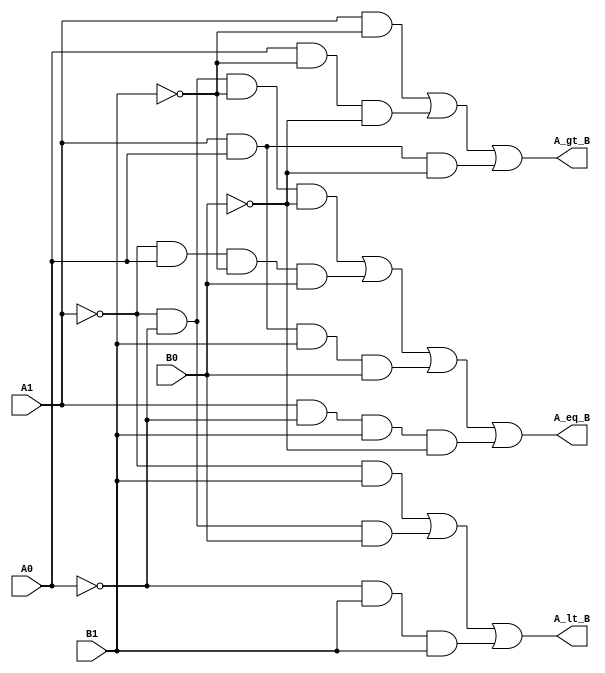
module compare_2_str_structural(A1,B1,A0,B0,A_lt_B,A_gt_B,A_eq_B);
input A1, B1, A0, B0;
output A_lt_B, A_gt_B, A_eq_B;
wire lt_1, lt_2, lt_3, gt_1, gt_2, gt_3, eq_1, eq_2, eq_3, eq_4;
wire A1_, B1_, A0_, B0_;

not(A1_, A1);
not(B1_, B1);
not(A0_, A0);
not(B0_, B0);

and(lt_1, A1_, B1);
and(lt_2, A1_, A0_, B0);
and(lt_3, A0_, B1, B1);
and(gt_1, A1, B1_);
and(gt_2, A0, B1_, B0_);
and(gt_3, A1, A0, B0_);
and(eq_1, A1_, A0_, B1_, B0_);
and(eq_2, A1_, A0, B1_, B0);
and(eq_3, A1, A0, B1, B0);
and(eq_4, A1, A0_, B1, B0_);

or(A_lt_B, lt_1, lt_2, lt_3);
or(A_gt_B, gt_1, gt_2, gt_3);
or(A_eq_B, eq_1, eq_2, eq_3, eq_4);

endmodule

module compare_2_str_RTL(A1,B1,A0,B0,A_lt_B,A_gt_B,A_eq_B);
input A1, B1, A0, B0;
output A_lt_B, A_gt_B, A_eq_B;

assign A_lt_B = (~A1&B1)|(~A1&~A0&B0)|(~A0&B1&B0);
assign A_gt_B = (~B1&A1)|(~B1&~B0&A0)|(~B0&A1&A0);
assign A_eq_B = (~A1&~A0&~B1&~B0)|(~A1&A0&~B1&B0)|(A1&A0&B1&B0)|(A1&~A0&B1&~B0);

endmodule

module compare_2_str_behavior(A1,B1,A0,B0,A_lt_B,A_gt_B,A_eq_B);
input A1, B1, A0, B0;
output A_lt_B, A_gt_B, A_eq_B;

assign A_lt_B = {A1,A0}<{B1,B0};
assign A_gt_B = {A1,A0}>{B1,B0};
assign A_eq_B = {A1,A0}=={B1,B0};

endmodule